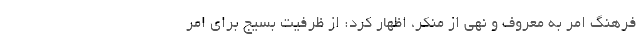
فرهنگ امر به معروف و نهی از منکر، اظهار کرد: از ظرفیت بسیج برای امر